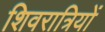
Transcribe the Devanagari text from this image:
शिवरात्रियों